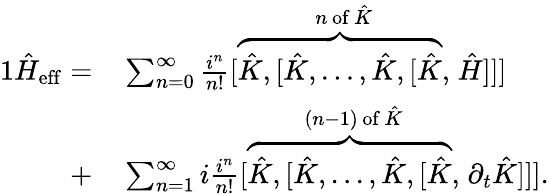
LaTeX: \begin{array}{rl}{{1}\hat{H}_{\mathrm{eff}}=}&{{}\sum_{n=0}^{\infty}\frac{i^{n}}{n!}[\stackrel{n\, \mathrm{of}\, \hat{K}}{\overbrace{\hat{K},[\hat{K},...,\hat{K},[\hat{K}},}\hat{H}]]]}\\ {+}&{{}\sum_{n=1}^{\infty}i\frac{i^{n}}{n!}[\stackrel{(n-1)\, \mathrm{of}\, \hat{K}}{\overbrace{\hat{K},[\hat{K},...,\hat{K},[\hat{K}},}\partial_{t}\hat{K}]]].}\end{array}